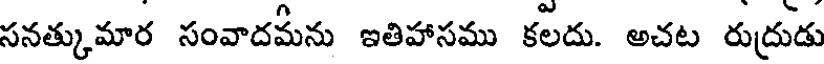
సనత్కుమార సంవాదమీను ఇతిహాసము కలదు. అచట రుద్రుడు